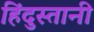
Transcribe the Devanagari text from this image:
हिंदुस्‍तानी